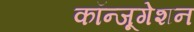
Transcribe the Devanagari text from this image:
कॉन्जूगेशन